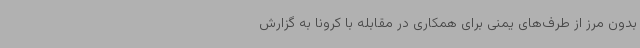
بدون مرز از طرف‌های یمنی برای همکاری در مقابله با کرونا به گزارش